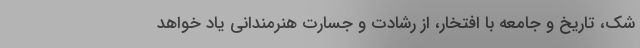
شک، تاریخ و جامعه با افتخار، از رشادت و جسارت هنرمندانی یاد خواهد